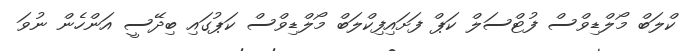
ކްލަބް މޯލްޑިވްސް ފުޓްސަލް ކަޕް ފަށައިފިކްލަބް މޯލްޑިވްސް ކަޕުގައި ބިދޭސީ އަންހެން ނުވަ